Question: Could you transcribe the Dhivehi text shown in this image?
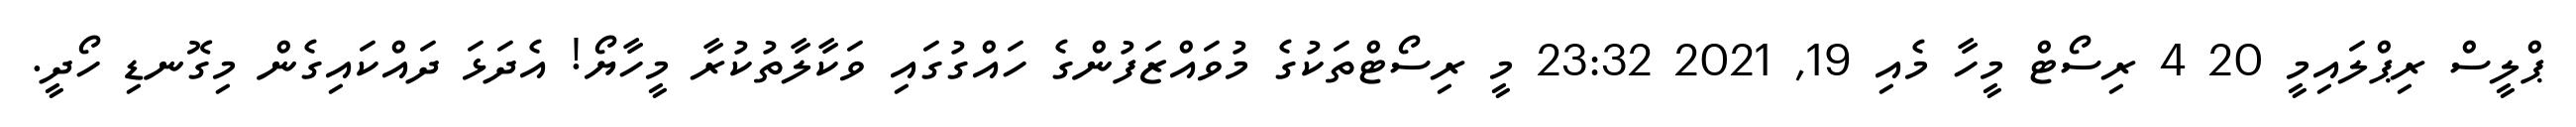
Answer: ޕްލީސް ރިޕްލައިމީ 20 4 ރިސޯޓް މީހާ މެއި 19, 2021 23:32 މީ ރިސޯޓްތަކުގެ މުވައްޒަފުންގެ ހައްގުގައި ވަކާލާތުކުރާ މީހާޔޯ! އެދަޅަ ދައްކައިގެން މިގޮނޑި ހޯދީ.